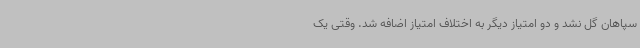
سپاهان گل نشد و دو امتیاز دیگر به اختلاف امتیاز اضافه شد. وقتی یک